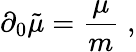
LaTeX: \partial_{0}\tilde{\mu}=\frac{\mu}{m}\; ,